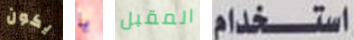
يكون يا المقبل استخدام